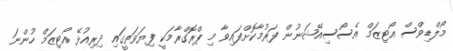
މޯލްޑިވްސް އޯޓިޒަމް އެސޯސިއޭޝަނުން ފަރުމާކޮށްފައިވާ މި ޕްރޮގްރާމަކީ ފިޔަވަތީގައި ދިރިއުޅޭ އޯޓިޒަމް ހުންނަ